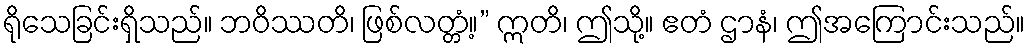
ရိုသေခြင်းရှိသည်။ ဘဝိဿတိ၊ ဖြစ်လတ္တံ့။” ဣတိ၊ ဤသို့။ ဧတံ ဌာနံ၊ ဤအကြောင်းသည်။